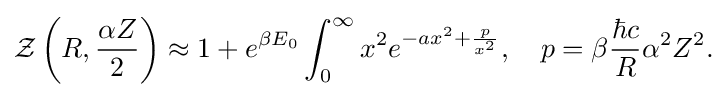
{\begin{aligned}{\mathcal {Z}}\left(R,{\frac {\alpha Z}{2}}\right)\approx 1+e^{\beta E_{0}}\int _{0}^{\infty }x^{2}e^{-ax^{2}+{\frac {p}{x^{2}}}},\quad p=\beta {\frac {\hbar c}{R}}\alpha ^{2}Z^{2}.\end{aligned}}